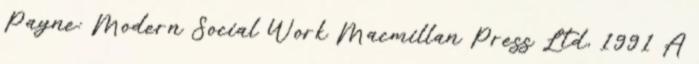
Payne: Modern Social Work Macmillan Press Ltd, 1991 A